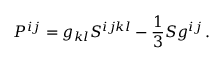
P ^ { i j } = g _ { k l } S ^ { i j k l } - \frac 1 3 S g ^ { i j } \, .